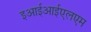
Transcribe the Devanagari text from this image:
इआईआईएलएम